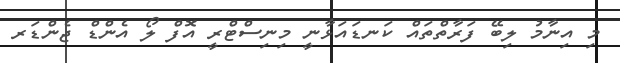
މި އިނާމު ލިބޭ ފަރާތްތައް ކަނޑައަޅާނީ މިނިސްޓްރީ އޮފް ލޯ އެންޑް ޖެންޑަރ